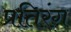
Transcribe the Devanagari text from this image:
प्रतिरंग